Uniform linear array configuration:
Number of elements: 24
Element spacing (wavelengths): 0.5
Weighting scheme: uniform
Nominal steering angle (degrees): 60
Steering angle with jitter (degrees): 59.493
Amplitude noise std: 0.05
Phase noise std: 0.05

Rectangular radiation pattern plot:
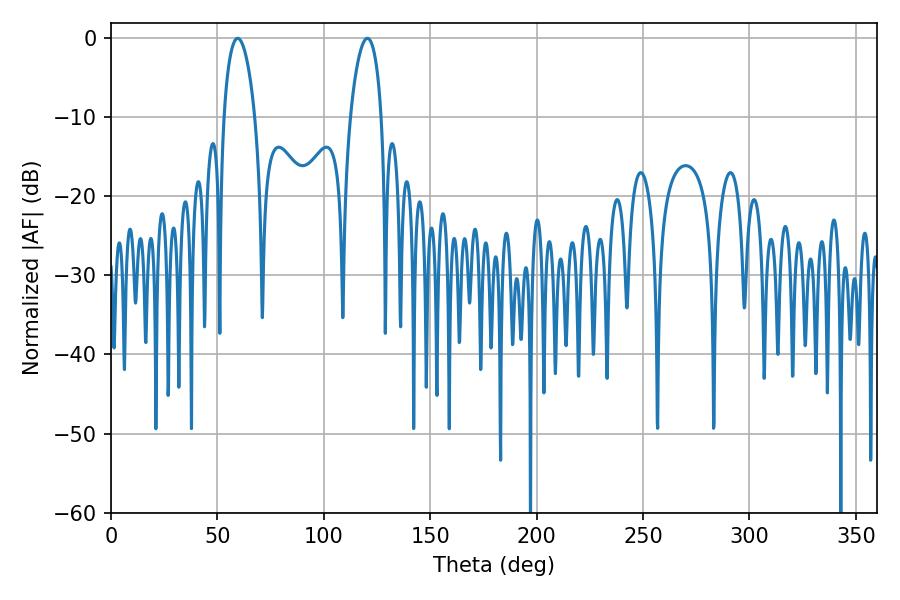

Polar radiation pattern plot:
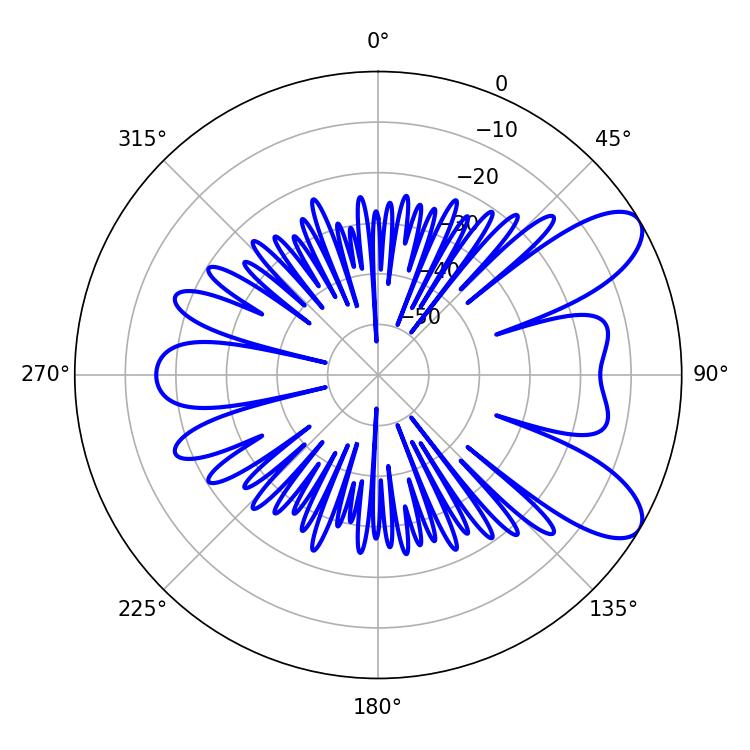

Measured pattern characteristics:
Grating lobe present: FALSE
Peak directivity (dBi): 8.625
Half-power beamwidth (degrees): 8.28
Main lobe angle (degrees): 59.58